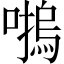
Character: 𡀴